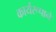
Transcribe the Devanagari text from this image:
कार्यरूपाने